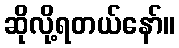
ဆိုလို့ရတယ်နော်။